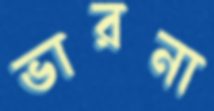
ভারনা